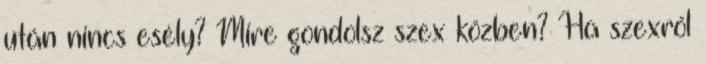
után nincs esély? Mire gondolsz szex közben? Ha szexről